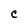
Character: C